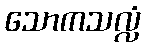
သောကသလ္လံ